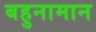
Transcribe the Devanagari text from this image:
बहुनामान